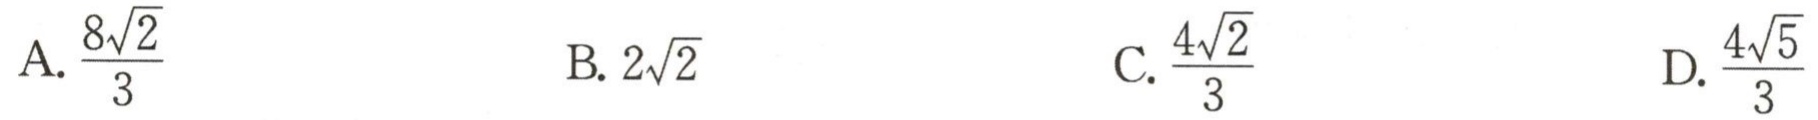
A. \(\frac{8\sqrt{2}}{3}\)  B. \(2\sqrt{2}\)  C. \(\frac{4\sqrt{2}}{3}\)  D. \(\frac{4\sqrt{5}}{3}\)